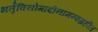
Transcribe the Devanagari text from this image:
भर्तृवियोगादीनामन्वग्रहीत